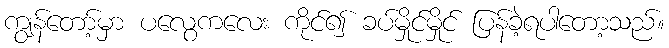
ကျွန်တော့်မှာ ပလွေကလေး ကိုင်၍ ခပ်မှိုင်မှိုင် ပြန်ခဲ့ရပါတော့သည်။